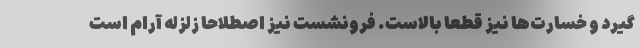
گیرد و خسارت‌ها نیز قطعا بالاست. فرونشست نیز اصطلاحا زلزله آرام است